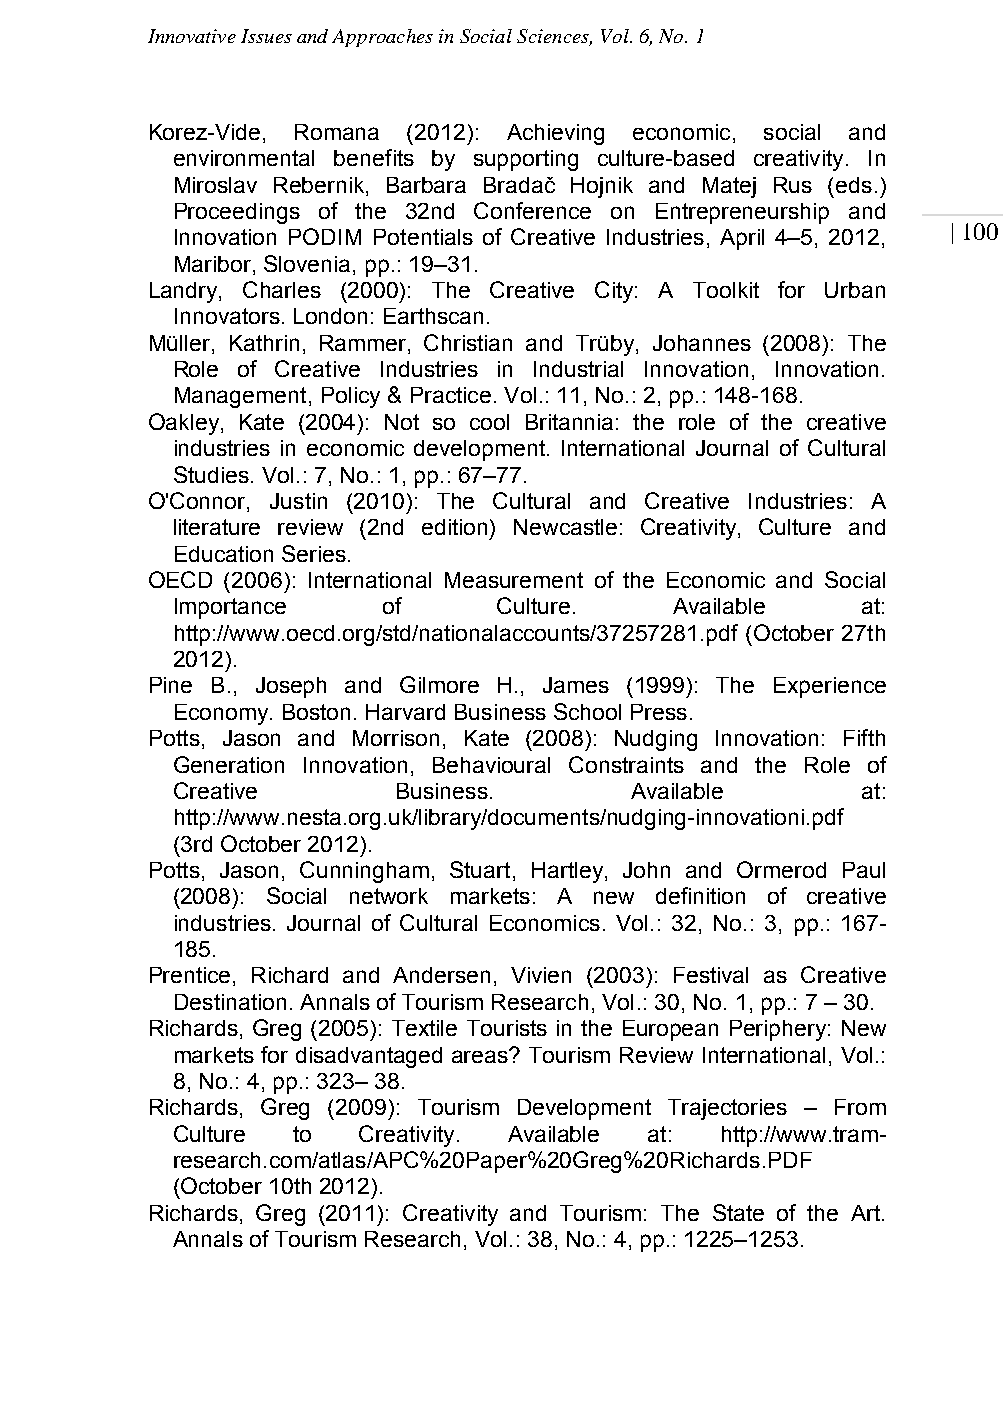
Innovative Issues and Approaches in Social Sciences, Vol. 6, No. 1
 Korez-Vide, Romana (2012): Achieving economic, social and
 environmental benefits by supporting culture-based creativity. In
 Miroslav Rebernik, Barbara Bradač Hojnik and Matej Rus (eds.)
 Proceedings of the 32nd Conference on Entrepreneurship and
 | 100
 Innovation PODIM Potentials of Creative Industries, April 4–5, 2012,
 Maribor, Slovenia, pp.: 19–31.
 Landry, Charles (2000): The Creative City: A Toolkit for Urban
 Innovators. London: Earthscan.
 Müller, Kathrin, Rammer, Christian and Trüby, Johannes (2008): The
 Role of Creative Industries in Industrial Innovation, Innovation.
 Management, Policy & Practice. Vol.: 11, No.: 2, pp.: 148-168.
 Oakley, Kate (2004): Not so cool Britannia: the role of the creative
 industries in economic development. International Journal of Cultural
 Studies. Vol.: 7, No.: 1, pp.: 67–77.
 O'Connor, Justin (2010): The Cultural and Creative Industries: A
 literature review (2nd edition) Newcastle: Creativity, Culture and
 Education Series.
 OECD (2006): International Measurement of the Economic and Social
 Importance    of      Culture.    Available   at:
 http://www.oecd.org/std/nationalaccounts/37257281.pdf (October 27th
 2012).
 Pine B., Joseph and Gilmore H., James (1999): The Experience
 Economy. Boston. Harvard Business School Press.
 Potts, Jason and Morrison, Kate (2008): Nudging Innovation: Fifth
 Generation Innovation, Behavioural Constraints and the Role of
 Creative       Business.       Available      at:
 http://www.nesta.org.uk/library/documents/nudging-innovationi.pdf
 (3rd October 2012).
 Potts, Jason, Cunningham, Stuart, Hartley, John and Ormerod Paul
 (2008): Social network markets: A new definition of creative
 industries. Journal of Cultural Economics. Vol.: 32, No.: 3, pp.: 167-
 185.
 Prentice, Richard and Andersen, Vivien (2003): Festival as Creative
 Destination. Annals of Tourism Research, Vol.: 30, No. 1, pp.: 7 – 30.
 Richards, Greg (2005): Textile Tourists in the European Periphery: New
 markets for disadvantaged areas? Tourism Review International, Vol.:
 8, No.: 4, pp.: 323– 38.
 Richards, Greg (2009): Tourism Development Trajectories – From
 Culture to   Creativity. Available at: http://www.tram-
 research.com/atlas/APC%20Paper%20Greg%20Richards.PDF
 (October 10th 2012).
 Richards, Greg (2011): Creativity and Tourism: The State of the Art.
 Annals of Tourism Research, Vol.: 38, No.: 4, pp.: 1225–1253.